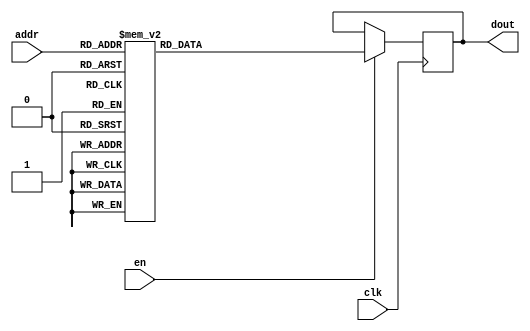
`timescale 1ns / 1ps
/*
Copyright
All right reserved.
Module Name: rom_syn
Author  : Zichuan Liu, Yixing Li and Wenye Liu.
Description:
A synthesized ROM: ROM_DEP x ROM_WID
*/
module DC_6_REF_ROM_4(
// inputs
clk,
en,
addr,
// outputs
dout
);
localparam ROM_WID = 14;
localparam ROM_DEP = 64;
localparam ROM_ADDR = 6;
// input definition
input clk;
input en;
input [ROM_ADDR-1:0] addr;
// output definition
output [ROM_WID-1:0] dout;
reg [ROM_WID-1:0] data;
always @(posedge clk)
begin
if (en) begin
case(addr)
		6'd0: data <= 14'b01001111011110;
		6'd1: data <= 14'b01001001111000;
		6'd2: data <= 14'b01000101001010;
		6'd3: data <= 14'b01001000001111;
		6'd4: data <= 14'b01001101000101;
		6'd5: data <= 14'b01000111111101;
		6'd6: data <= 14'b01001010111101;
		6'd7: data <= 14'b01001010011101;
		6'd8: data <= 14'b01000110100011;
		6'd9: data <= 14'b01010000000010;
		6'd10: data <= 14'b01001000100011;
		6'd11: data <= 14'b01001011110010;
		6'd12: data <= 14'b01001011101000;
		6'd13: data <= 14'b01001010110110;
		6'd14: data <= 14'b01001010011100;
		6'd15: data <= 14'b01001010000000;
		6'd16: data <= 14'b01001010001101;
		6'd17: data <= 14'b01001100111100;
		6'd18: data <= 14'b01001011011111;
		6'd19: data <= 14'b01001010001001;
		6'd20: data <= 14'b01000111110111;
		6'd21: data <= 14'b01001000110001;
		6'd22: data <= 14'b01001100110100;
		6'd23: data <= 14'b01000101100100;
		6'd24: data <= 14'b01001101101111;
		6'd25: data <= 14'b01010000000110;
		6'd26: data <= 14'b01001001111100;
		6'd27: data <= 14'b01001011010101;
		6'd28: data <= 14'b01001101001001;
		6'd29: data <= 14'b01000101011011;
		6'd30: data <= 14'b01001010001111;
		6'd31: data <= 14'b01001111010010;
		6'd32: data <= 14'b01001001000111;
		6'd33: data <= 14'b01001101011010;
		6'd34: data <= 14'b01000101110010;
		6'd35: data <= 14'b01001011000011;
		6'd36: data <= 14'b01001000001100;
		6'd37: data <= 14'b01001000101101;
		6'd38: data <= 14'b01000110001100;
		6'd39: data <= 14'b01001111000110;
		6'd40: data <= 14'b01001101101110;
		6'd41: data <= 14'b01001010110110;
		6'd42: data <= 14'b01001000110111;
		6'd43: data <= 14'b01001101110011;
		6'd44: data <= 14'b01001011100110;
		6'd45: data <= 14'b01000111110001;
		6'd46: data <= 14'b01001000010110;
		6'd47: data <= 14'b01001000000011;
		6'd48: data <= 14'b01001110101110;
		6'd49: data <= 14'b01001111110011;
		6'd50: data <= 14'b01001000101101;
		6'd51: data <= 14'b01001010111101;
		6'd52: data <= 14'b01001001011001;
		6'd53: data <= 14'b01001011100000;
		6'd54: data <= 14'b01001011111001;
		6'd55: data <= 14'b01000110101111;
		6'd56: data <= 14'b01001010001110;
		6'd57: data <= 14'b01001111000000;
		6'd58: data <= 14'b01001100001011;
		6'd59: data <= 14'b01001001011110;
		6'd60: data <= 14'b01001100111001;
		6'd61: data <= 14'b01001100101001;
		6'd62: data <= 14'b01000101011110;
		6'd63: data <= 14'b01001010000001;
		endcase
		end
	end
	assign dout = data;
endmodule